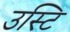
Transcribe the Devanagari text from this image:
उस्टि